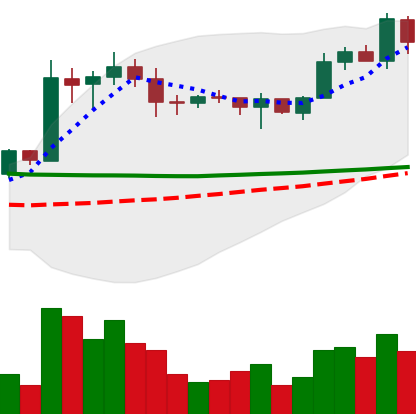
Ticker: EOS-USD
Chart end date: 2020-01-31
Forward return: 9.112%
Label: up_7plus